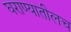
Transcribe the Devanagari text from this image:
घराण्यातीलच